Bréfritari: Soffía Daníelsdóttir
Viðtakandi: Jakobína Magnúsdóttir og Daníel Halldórsson
Dagsetning: A-1904-09-18
Skrifað á: Skeggjastöðum  N-Múl.
Soffía var dóttir Jakobínu og Daníels

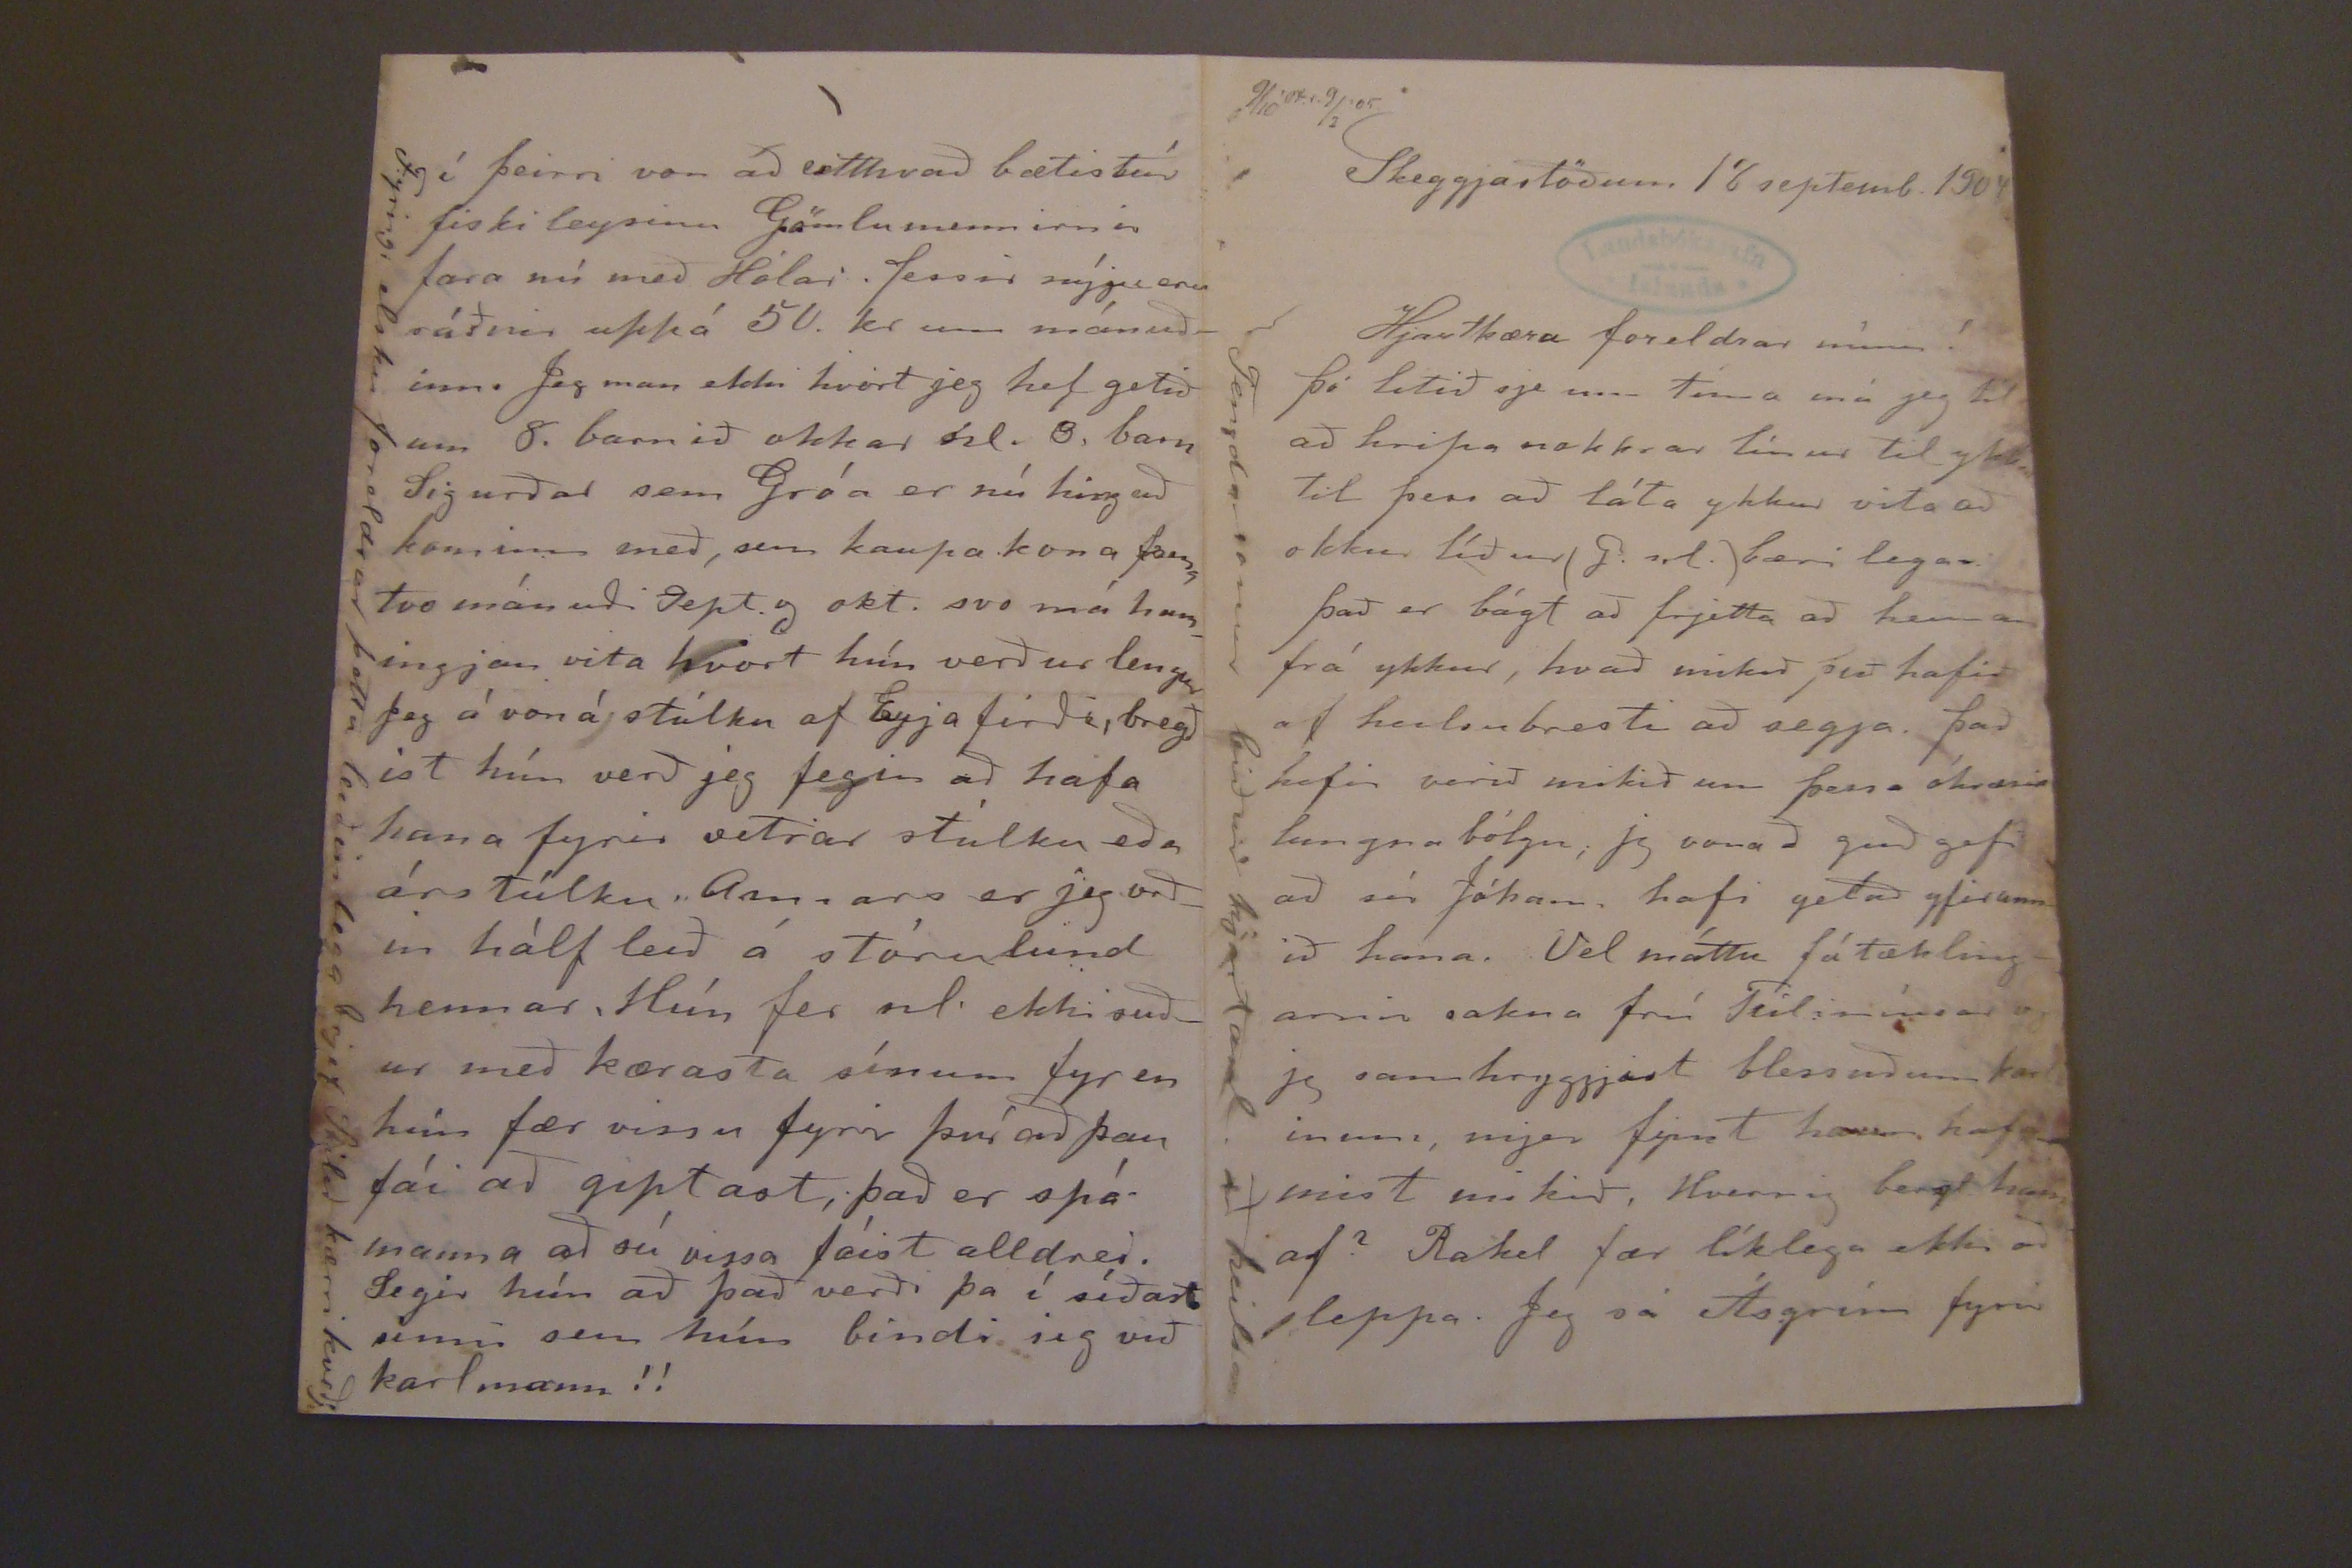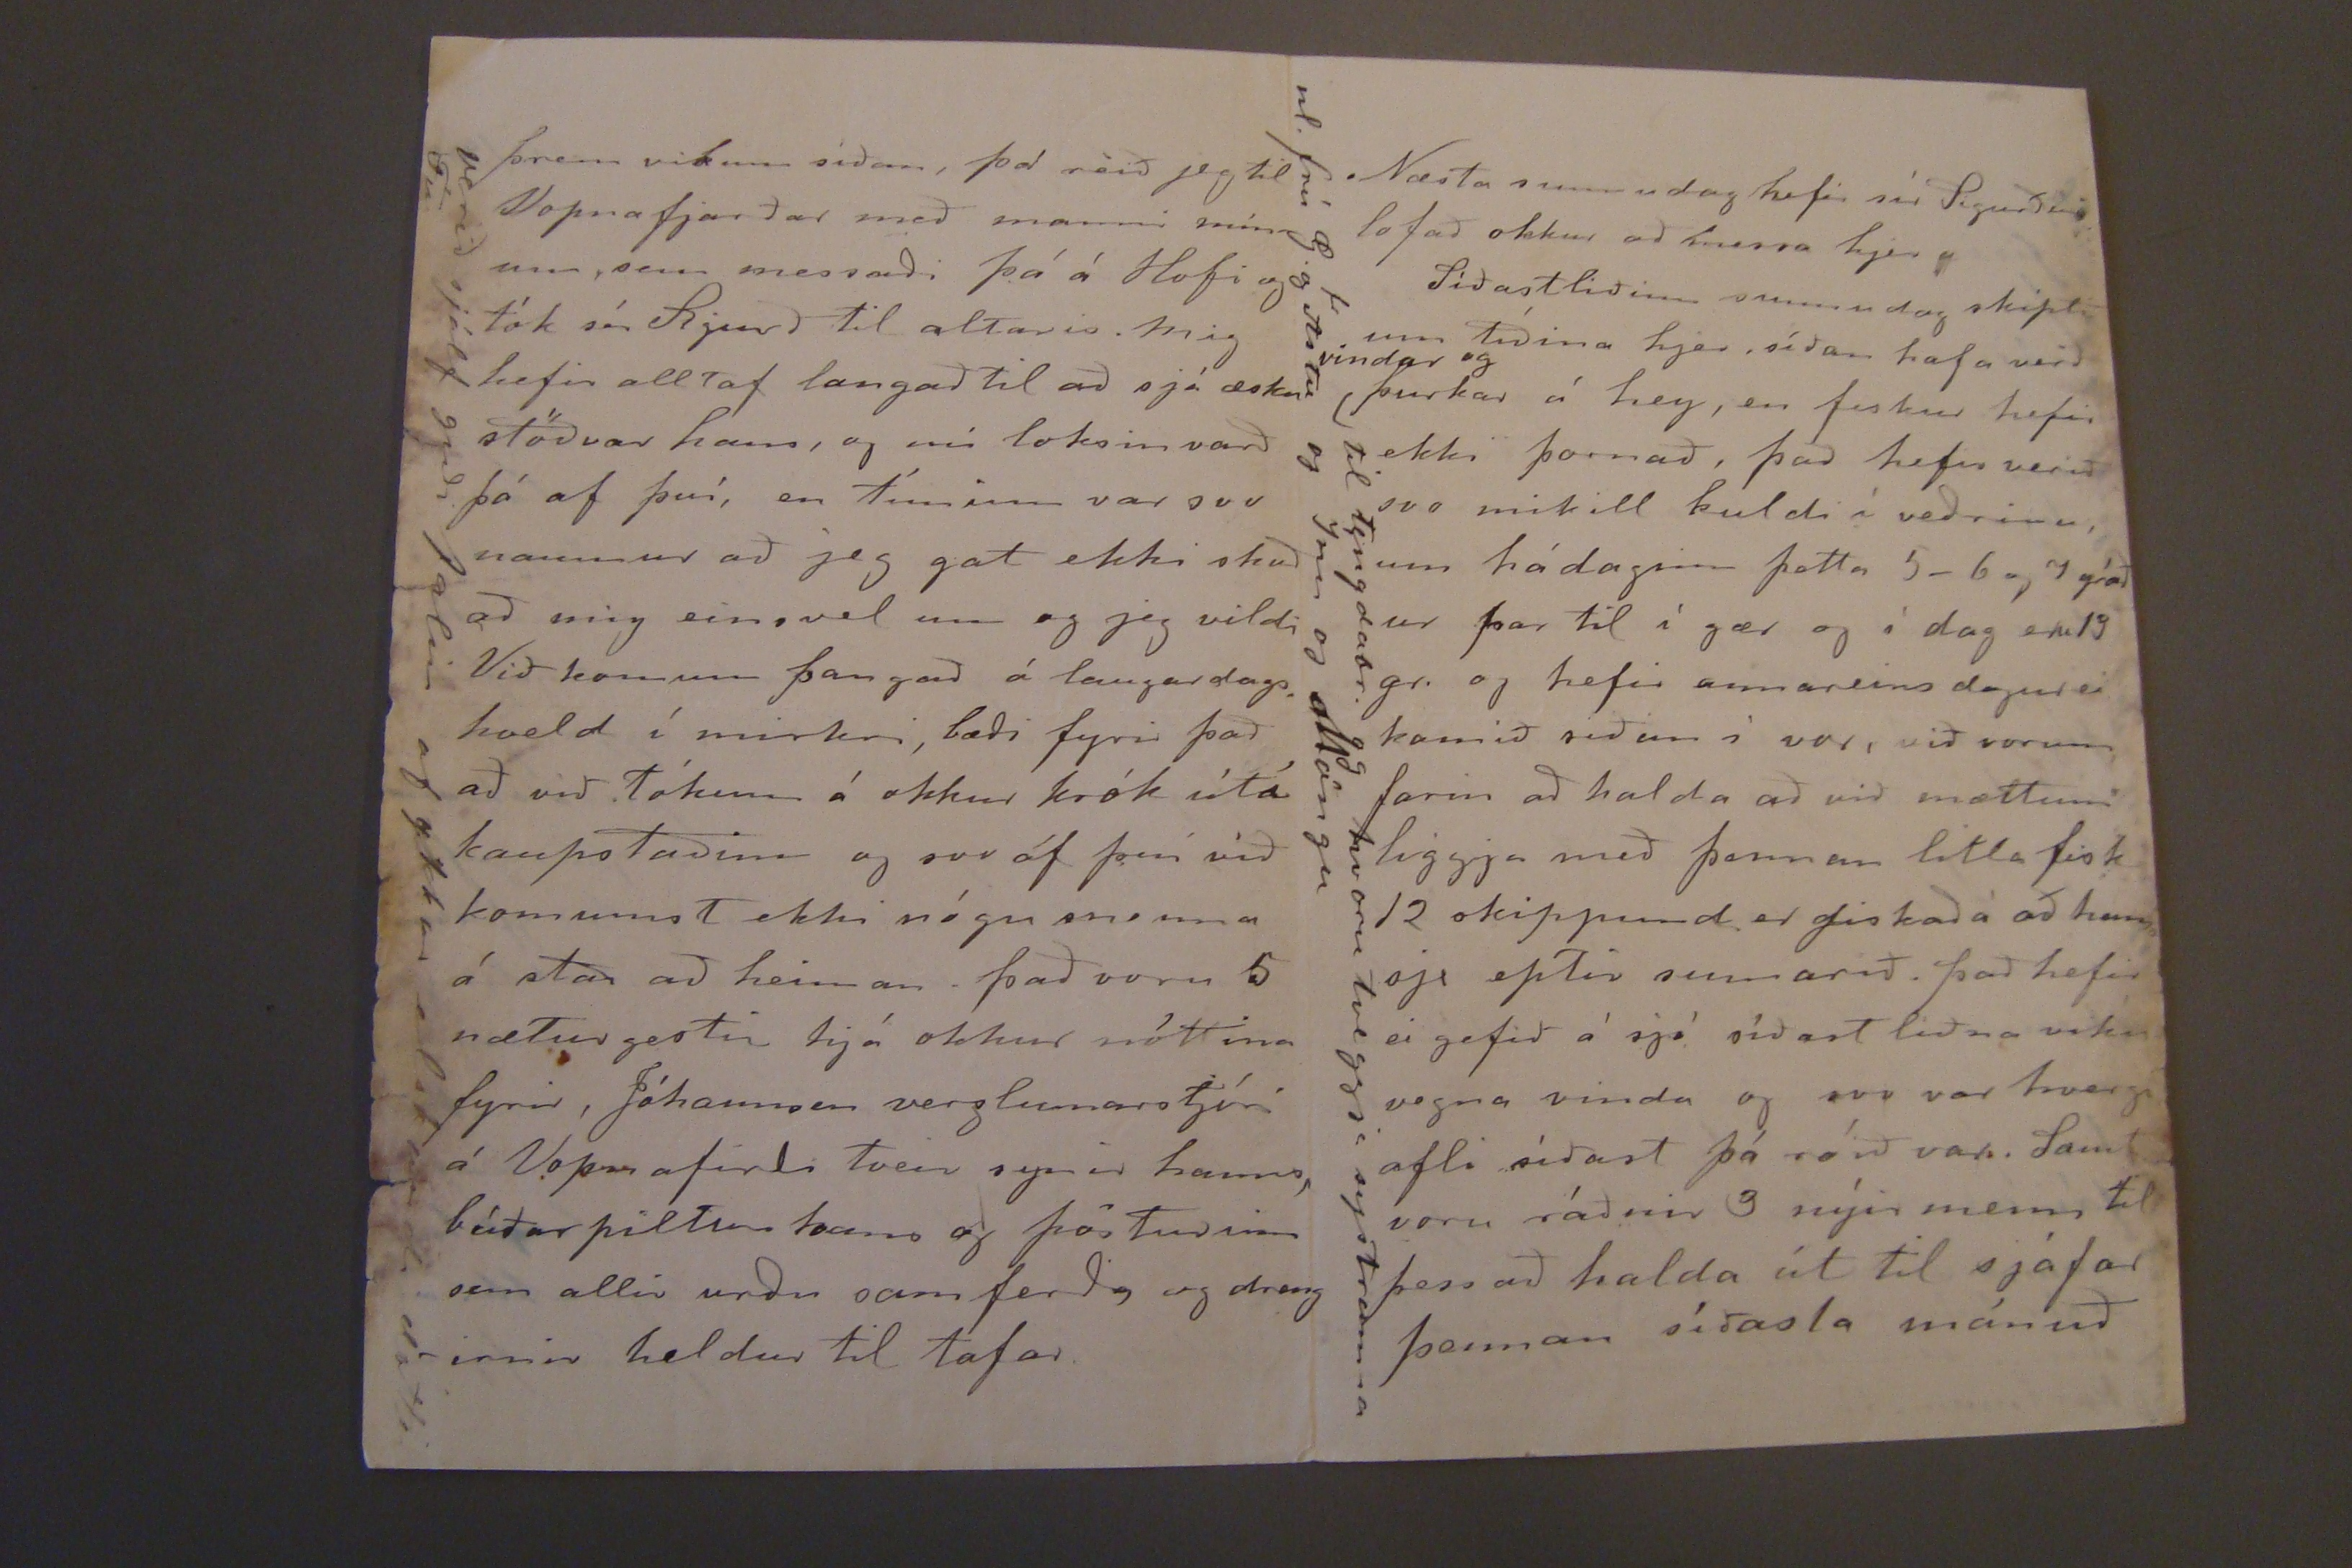

9/10'04.r 9/2'05
Skeggjastöðum 18 septemb. 1904
Hjartkæru foreldrar mínir!
þó litið sje um tíma má jeg til að hripa nokkrar línur itl ykkar til þess að láta ykkur vita að okkur líður (J. nl.) bæri lega.
það er bágt að frjetta að heiman frá ykkur, hvað mikið þið hafið af heilsubresti að segja. það hefir verið mikið um þessa
óhræsis
lungna bólgu; jeg vona að guð gefi að sír Jóhann hafi getað yfirunnið hana. Vel máttu fátæklingarnir sakna frú Túlimíusar og jeg samhryggjast blessuðum karlinum, mjer fynst hann hafa mist mikið, Hvernig berst hann af? Rakel fær líklega ekki að sleppa. Jeg sá Ásgrím fyrir
Tengda sonur biður hjartanl. að heilsa
þrem vikum síðan, þá reið jeg til Vopnafjarðar með manni mínum, sem messaði þá á Hofi og tók sír
Rjurð
til altaris. mig hefir alltaf langað til að sjá æsku stöðvar hans, og nú loksin varð þá af því, en túninn var svo naumur að jeg gat ekki skoð að mig einsvel um og jeg vildi VIð komum þangað á laugardagskveðld í mirkri, bæði fyrir það að við tókum á okkur krók útá kaupstaðinn og svo af því mið komumst ekki nógu snema á stað að heiman. það voru 5 nætur gestir hjá okkur nóttina fyrir, Jóhannsen verzlunarstjóri á Vopnafirði tveir synir hanns, búðarpiltur hans og pósturinn sem allir urðu samferða og drengirnir heldur til tafar.
verið sjálf guði falin af ykkar elskandi dótti Fíu
í þeirri von að eitthvað bætistúr fiski leysinu Gömlu mennirnir fara nú með Hólar. þessir nýju eru ráðnir uppá 50. kr um mánuðinn. Jeg man ekki hvort jeg hef getið um 8. barnið okkar nl. 8, barn Sigurðar sem Gróa er nú hing að kominn með, sem kaupakona þessa tvo mánuði Sept. og okt. svo má hhamingjan vita hvort hún verður lengur Jeg á von á stúlku af Eyjafirði, bregð ist hún verð jeg fegin að hafa hana fyrir vetrar stúlku eða árstúlku. Annars er jeg orðin hálf leið á stórulund hennar, Hún fer nl. ekki suður með kærasta sínum fyr en hún fær vissu fyrir því að þau fái að giptast, það er spámanna að sú vissa fáist alldrei. Segir hún að það verði þa í síðast sinni sem hún bindi sig við karlmann!!
Fyrirg. elsku foreldrar þetta leiðinlega brjef Skilað kærri kveðj
Næsta sunnudag hefir sír Sigurður lofað okkur að messa hjer
Síðastliðinn sunnudag skipti um tíðina hjer. síðan hafa verið
vindar og
þurkar á hey, en fiskur hefir ekki þornað, það hefir verið svo mikill kuldi í veðrinu um hádaginn þetta 5-6 og 7 gráð ur þar til í gær og í dag eru 19 gr. og hefir annareins dagur ei komið síðan í vor, við vorum farin að halda að við mættum liggja með þennan litla fisk 12 skippund er fiskað á að hann sje eptir sumarið. það hefir ei gefið á sjó síðast liðna viku vegna vinda og svo var hvergi afli síðast þó róði var. Samt voru ráðnir 3 nýir menn til þess að halda út til sjáfar þennan síðast mánuð
til tendabr. og hvoru tveggja systranna nl. frú G. og Astu og Inu og Möngu